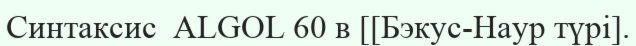
Синтаксис  ALGOL 60 в [[Бэкус-Наур түрі].